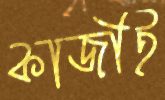
কাজীই